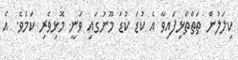
ކިލަލުން ތަތްތެޅިފައިވާ އެ ކުޑަ ކުޑަ މޫނުގައި ވަނީ މޮޅިވެރި ކަމެވެ. އެ